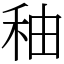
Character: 秞